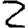
Digit: 2